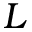
L